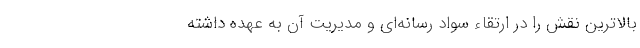
بالا‌ترین نقش را در ارتقاء سواد رسانه‌ای و مدیریت آن به عهده داشته